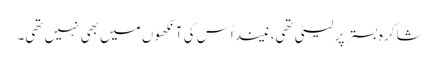
شاکرہ بستر پر لیٹی تھی، نیند اُس کی آنکھوں میں بھی نہیں تھی۔